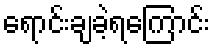
ရောင်းချခဲ့ရကြောင်း